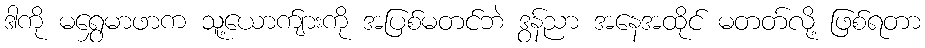
ဒါကို မရွှေမာဖာက သူ့ယောက်ျားကို အပြစ်မတင်ဘဲ ဒွန်ညာ အနေအထိုင် မတတ်လို့ ဖြစ်ရတာ